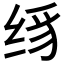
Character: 𰬛